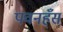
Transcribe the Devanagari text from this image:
पवनहँस